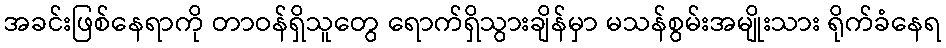
အခင်းဖြစ်နေရာကို တာဝန်ရှိသူတွေ ရောက်ရှိသွားချိန်မှာ မသန်စွမ်းအမျိုးသား ရိုက်ခံနေရ